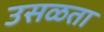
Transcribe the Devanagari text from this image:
उसळता